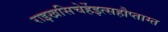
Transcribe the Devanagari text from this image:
राइखसिचेर्हेइत्सहौप्ताम्त